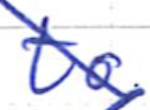
Text: to
Cross-out: mix
Writing tool: ballpoint